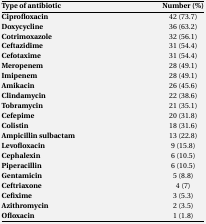
<table><thead><tr><td><b>Type of antibiotic</b></td><td><b>Number (%)</b></td></tr></thead><tbody><tr><td><b>Ciprofloxacin</b></td><td>42 (73.7)</td></tr><tr><td><b>Doxycycline </b></td><td>36 (63.2)</td></tr><tr><td><b>Cotrimoxazole</b></td><td>32 (56.1)</td></tr><tr><td><b>Ceftazidime</b></td><td>31 (54.4)</td></tr><tr><td><b>Cefotaxime</b></td><td>31 (54.4)</td></tr><tr><td><b>Meropenem</b></td><td>28 (49.1)</td></tr><tr><td><b>Imipenem</b></td><td>28 (49.1)</td></tr><tr><td><b>Amikacin</b></td><td>26 (45.6)</td></tr><tr><td><b>Clindamycin </b></td><td>22 (38.6)</td></tr><tr><td><b>Tobramycin </b></td><td>21 (35.1)</td></tr><tr><td><b>Cefepime</b></td><td>20 (31.8)</td></tr><tr><td><b>Colistin</b></td><td>18 (31.6)</td></tr><tr><td><b>Ampicillin sulbactam</b></td><td>13 (22.8)</td></tr><tr><td><b>Levofloxacin </b></td><td>9 (15.8)</td></tr><tr><td><b>Cephalexin </b></td><td>6 (10.5)</td></tr><tr><td><b>Piperacillin</b></td><td>6 (10.5)</td></tr><tr><td><b>Gentamicin </b></td><td>5 (8.8)</td></tr><tr><td><b>Ceftriaxone </b></td><td>4 (7)</td></tr><tr><td><b>Cefixime</b></td><td>3 (5.3)</td></tr><tr><td><b>Azithromycin </b></td><td>2 (3.5)</td></tr><tr><td>Ofloxacin</td><td>1 (1.8)</td></tr></tbody></table>